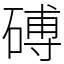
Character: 磗